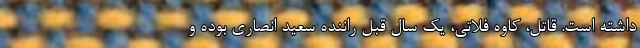
داشته است. قاتل، کاوه فلاتی، یک سال قبل راننده سعید انصاری بوده و